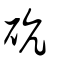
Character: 砊